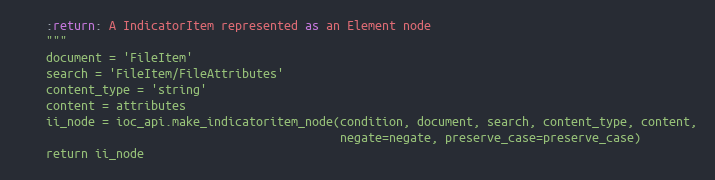
Language: Python
    :return: A IndicatorItem represented as an Element node
    """
    document = 'FileItem'
    search = 'FileItem/FileAttributes'
    content_type = 'string'
    content = attributes
    ii_node = ioc_api.make_indicatoritem_node(condition, document, search, content_type, content,
                                              negate=negate, preserve_case=preserve_case)
    return ii_node